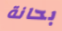
بحانة